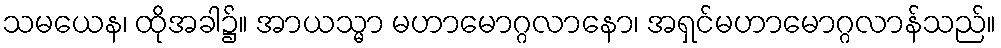
သမယေန၊ ထိုအခါ၌။ အာယသ္မာ မဟာမောဂ္ဂလာနော၊ အရှင်မဟာမောဂ္ဂလာန်သည်။